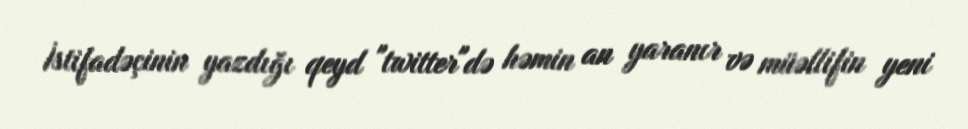
İstifadəçinin yazdığı qeyd "twitter"də həmin an yaranır və müəllifin yeni